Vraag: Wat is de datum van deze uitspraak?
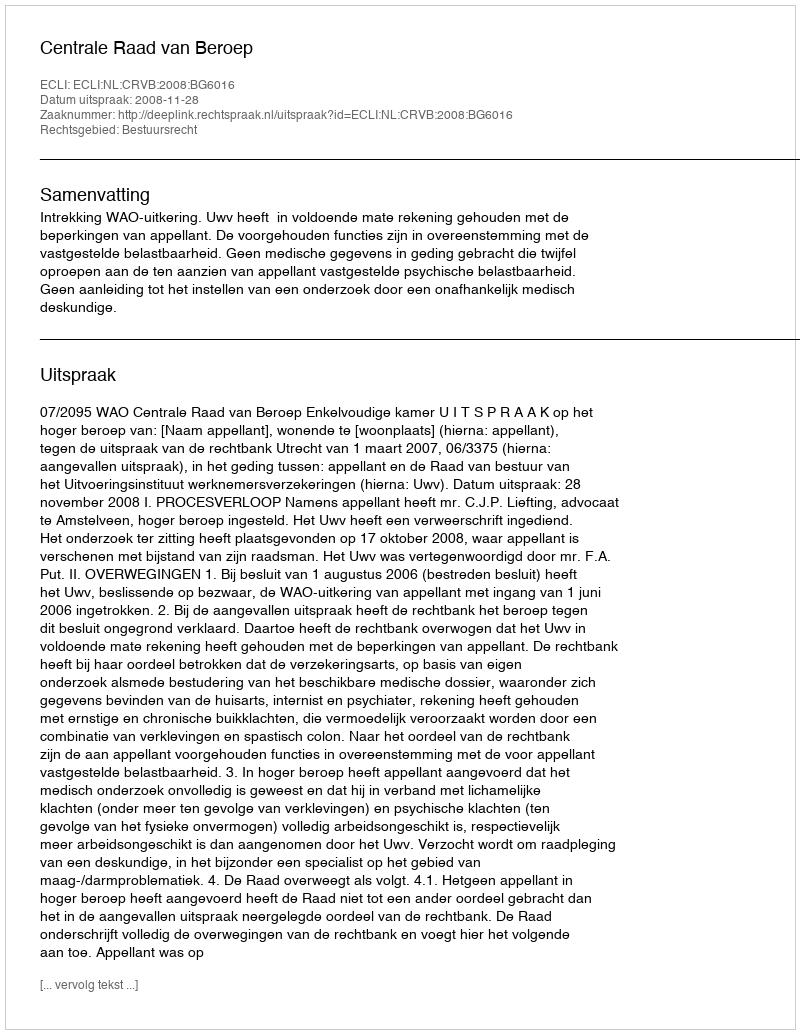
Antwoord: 2008-11-28